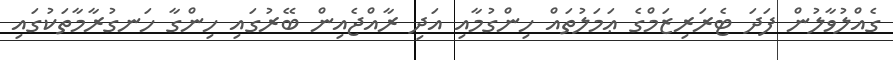
ގެއްލުވާލުން ފަދަ ޓެރަރިޒަމްގެ ޢަމަލުތައް ހިންގުމާއި އަދި ރާއްޖެއިން ބޭރުގައި ހިންގާ ހަނގުރާމާތަކުގައި